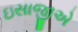
ઇસાજીએ